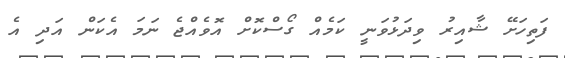
ފަތިހަށޭ ޝާއިރު ވިދަޅުވަނީ ކަމެއް ގޯސްކޮށް އޮވެއްޖެ ނަމަ އެކަން އަދި އެ